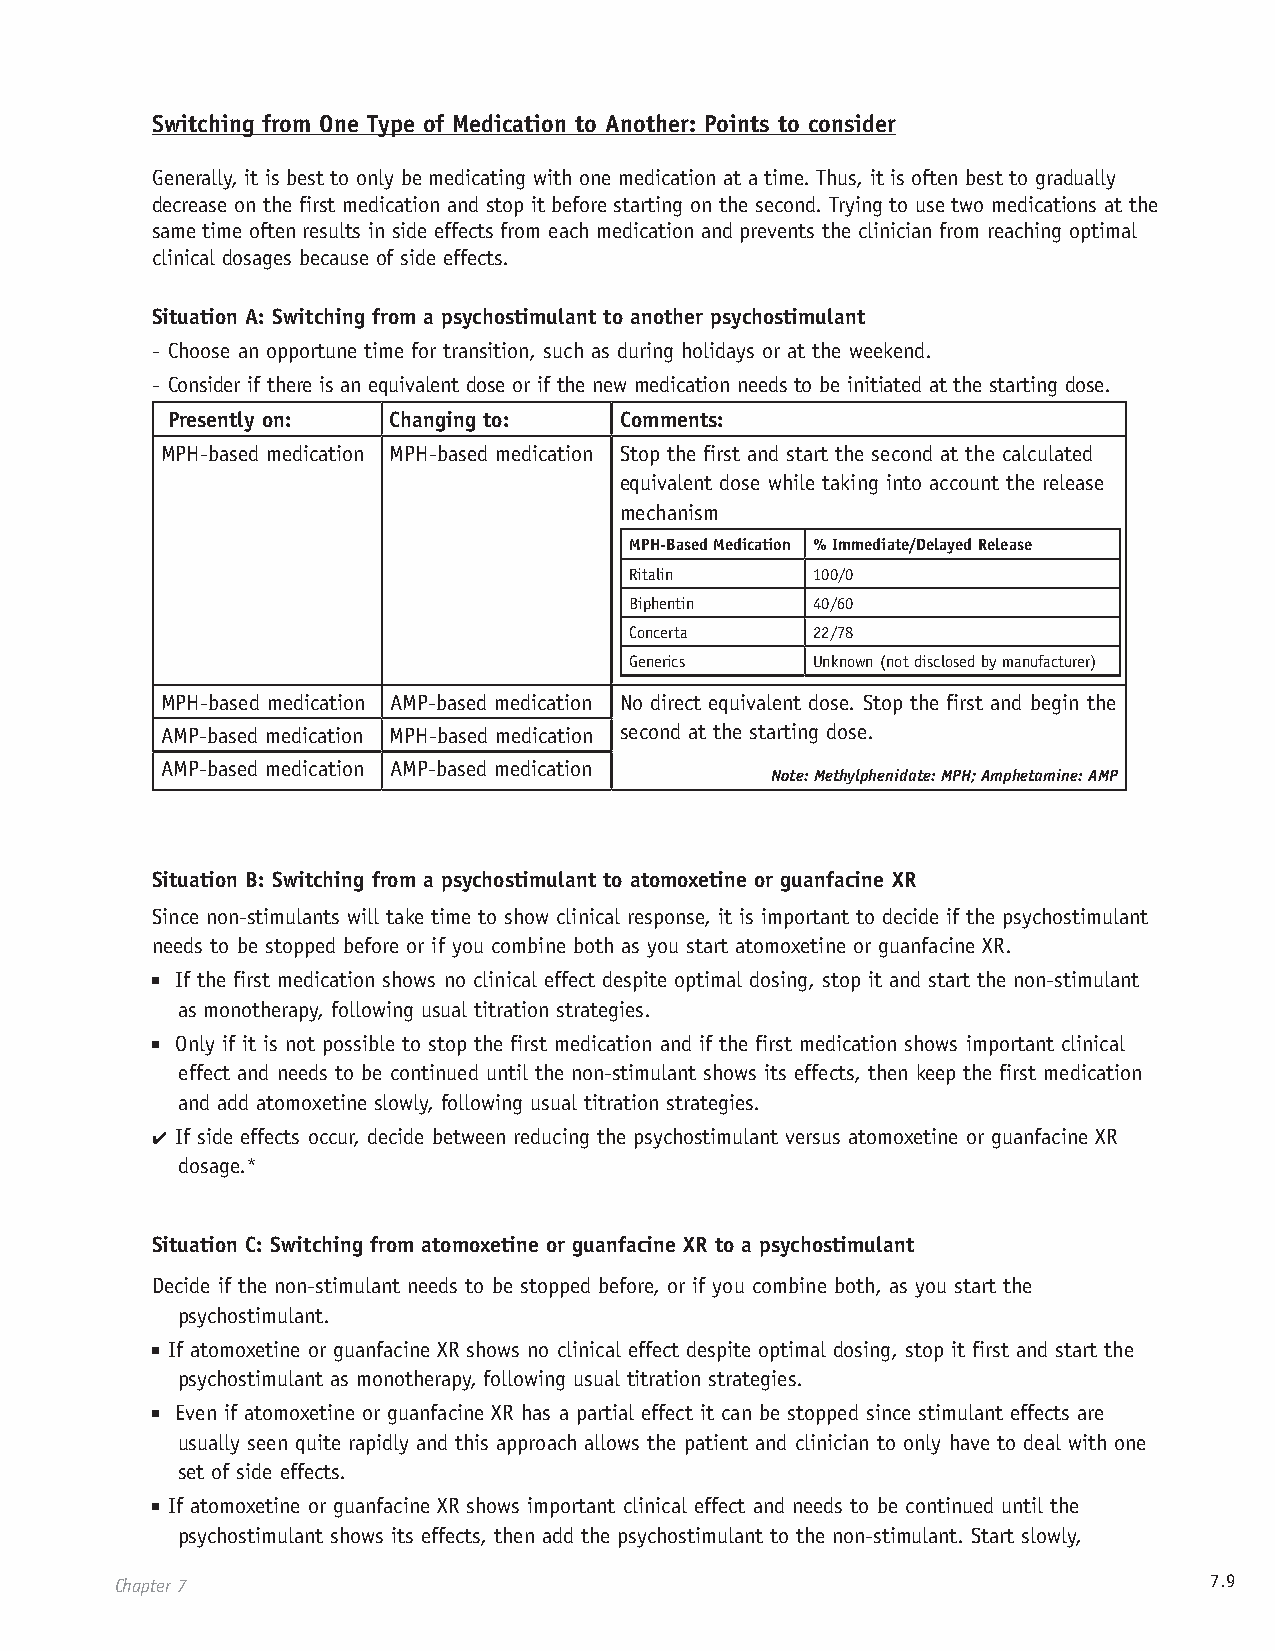
Switching from One Type of Medication to Another: Points to consider
 Generally, it is best to only be medicating with one medication at a time. Thus, it is often best to gradually
 decrease on the first medication and stop it before starting on the second. Trying to use two medications at the
 same time often results in side effects from each medication and prevents the clinician from reaching optimal
 clinical dosages because of side effects.
 Situation A: Switching from a psychostimulant to another psychostimulant
 - Choose an opportune time for transition, such as during holidays or at the weekend.
 - Consider if there is an equivalent dose or if the new medication needs to be initiated at the starting dose.
 Presently on:  Changing to:   Comments:
 MPH-based medication MPH-based medication Stop the first and start the second at the calculated
 equivalent dose while taking into account the release
 mechanism
 MPH-Based Medication % Immediate/Delayed Release
 Ritalin     100/0
 Biphentin   40/60
 Concerta    22/78
 Generics    Unknown (not disclosed by manufacturer)
 MPH-based medication AMP-based medication No direct equivalent dose. Stop the first and begin the
 AMP-based medication MPH-based medication second at the starting dose.
 AMP-based medication AMP-based medication
 Note: Methylphenidate: MPH; Amphetamine: AMP
 Situation B: Switching from a psychostimulant to atomoxetine or guanfacine XR
 Since non-stimulants will take time to show clinical response, it is important to decide if the psychostimulant
 needs to be stopped before or if you combine both as you start atomoxetine or guanfacine XR.
 ■ If the first medication shows no clinical effect despite optimal dosing, stop it and start the non-stimulant
 as monotherapy, following usual titration strategies.
 ■ Only if it is not possible to stop the first medication and if the first medication shows important clinical
 effect and needs to be continued until the non-stimulant shows its effects, then keep the first medication
 and add atomoxetine slowly, following usual titration strategies.
 4 If side effects occur, decide between reducing the psychostimulant versus atomoxetine or guanfacine XR
 dosage.*
 Situation C: Switching from atomoxetine or guanfacine XR to a psychostimulant
 Decide if the non-stimulant needs to be stopped before, or if you combine both, as you start the
 psychostimulant.
 ■ If atomoxetine or guanfacine XR shows no clinical effect despite optimal dosing, stop it first and start the
 psychostimulant as monotherapy, following usual titration strategies.
 ■ Even if atomoxetine or guanfacine XR has a partial effect it can be stopped since stimulant effects are
 usually seen quite rapidly and this approach allows the patient and clinician to only have to deal with one
 set of side effects.
 ■ If atomoxetine or guanfacine XR shows important clinical effect and needs to be continued until the
 psychostimulant shows its effects, then add the psychostimulant to the non-stimulant. Start slowly,
 Chapter 7                                                               7.9